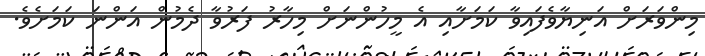
މިންވަރަށް އަނިޔާވެފައިވާ ކަމަށާއި އެ މީހުންނަށް މިހާރު ފަރުވާ ދެމުން އަންނަ ކަމަށެވެ.